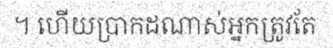
។ ហើយប្រាកដណាស់អ្នកត្រូវតែ